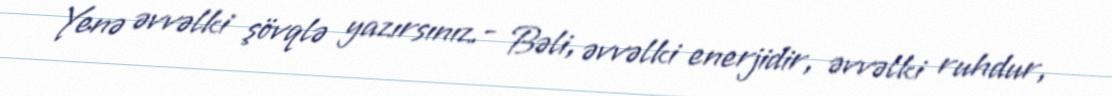
Yenə əvvəlki şövqlə yazırsınız.- Bəli, əvvəlki enerjidir, əvvəlki ruhdur,